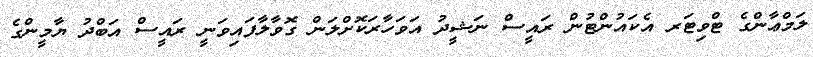
ލަމްޢާންގެ ޓްވިޓަރ އެކައުންޓުން ރައީސް ނަޝީދު އަވަހާރަކޮށްލަން ގޮވާލާފައިވަނީ ރައީސް އަބްދު ޔާމީންގެ